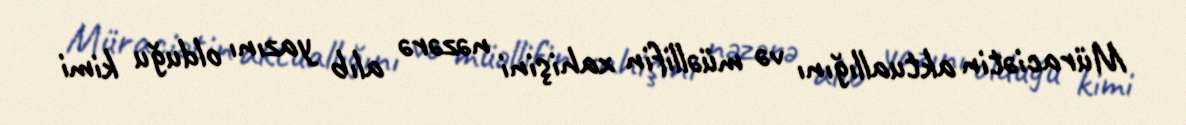
Müraciətin aktuallığını və müəllifin xahişini nəzərə alıb yazını olduğu kimi